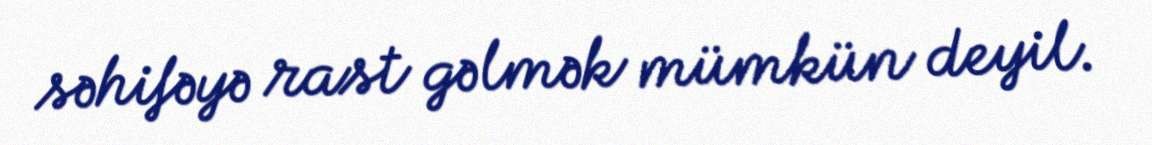
səhifəyə rast gəlmək mümkün deyil.